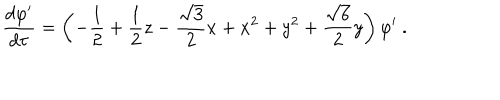
LaTeX: \frac { d \varphi ^ { \prime } } { d \tau } = \left( - \frac 1 2 + \frac 1 2 z - \frac { \sqrt { 3 } } { 2 } x + x ^ { 2 } + y ^ { 2 } + \frac { \sqrt 6 } { 2 } y \right) \varphi ^ { \prime } \ .